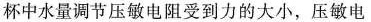
杯中水量调节压敏电阻受到力的大小，压敏电